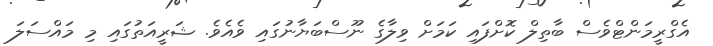
އެގްރީމަންޓްވެސް ބާތިލް ކޮށްފައި ކަމަށް ވިލާގެ ނޫސްބަޔާނުގައި ވެއެވެ. ޝަރީއަތުގައި މި މައްސަލަ